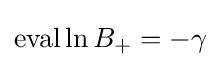
\operatorname {eval} \ln B_{+}=-\gamma